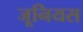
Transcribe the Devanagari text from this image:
जूनियस